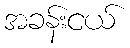
အခန်းငယ်